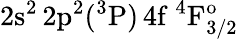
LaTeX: \mathrm{2s^{2}\, 2p^{2}(^{3}P)\, 4f~^{4}F_{3/2}^{o}}